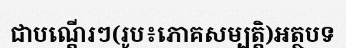
ជាបណ្តើរៗ(រូប៖ភោគសម្បត្តិ)អត្ថបទ